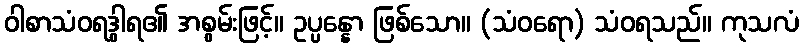
ဝါစာသံဝရဒွါရ၏ အစွမ်းဖြင့်။ ဥပ္ပန္နော ဖြစ်သော။ (သံဝရော) သံဝရသည်။ ကုသလံ